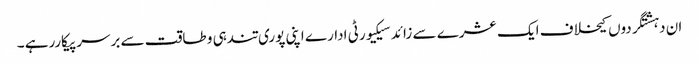
ان دہشتگردوں کیخلاف ایک عشرے سے زائد سیکیورٹی ادارے اپنی پوری تندہی و طاقت سے برسرپیکاررہے ۔